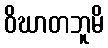
ဝိဃာတဘူမိ